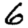
Digit: 6